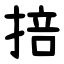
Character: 掊